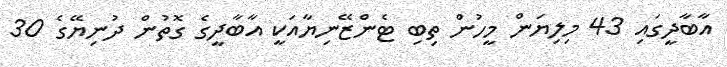
އާބާދީގައި 43 މިލިޔަން މީހުން ތިބި ޓެންޒޭނިޔާއަކީ އާބާދީގެ ގޮތުން ދުނިޔޭގެ 30